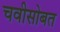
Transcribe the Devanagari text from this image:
चवीसोबत